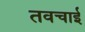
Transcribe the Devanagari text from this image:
तवचाई